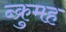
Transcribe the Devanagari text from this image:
न्क्रुमह